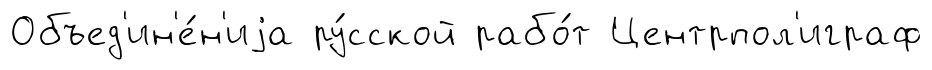
Объед'ин'е́н'иjа ру́сской рабо́т Центрпол'играф